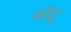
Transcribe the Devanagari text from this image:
बाँटू